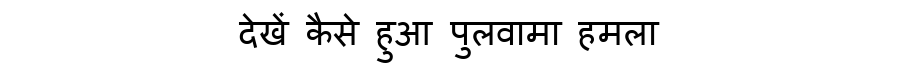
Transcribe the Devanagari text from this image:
देखें कैसे हुआ पुलवामा हमला